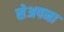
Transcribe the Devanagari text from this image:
सेअपना